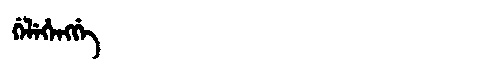
Manchu: ᡤᡝᠯᡝᡥᡝᠩᡤᡝ
Romanization: GELEHENGGE